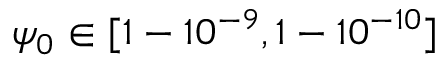
\psi _ { 0 } \in [ 1 - 1 0 ^ { - 9 } , 1 - 1 0 ^ { - 1 0 } ]